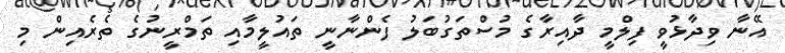
އޭނާ ވިދާޅުވީ ފިލްމީ ދާއިރާގެ މުސްތަގުބަލު ފެންނާނީ ތައުލީމާއި ތަމްރީނުގެ ތެރެއިން މި